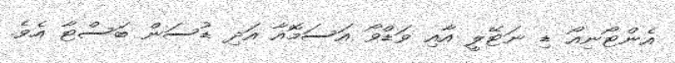
އެންޓޯނިއޯ ޑި ނަޓޭލީ އާއި ވަޑްވޯ އަސަމޮއާ އަދި ޑުސަން ބަސްޓާ އެވެ.